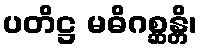
ပတိဋ္ဌ မဓိဂစ္ဆန္တိ၊